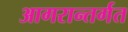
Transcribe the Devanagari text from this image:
आगरान्तर्गत